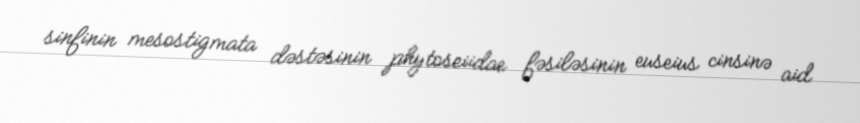
sinfinin mesostigmata dəstəsinin phytoseiidae fəsiləsinin euseius cinsinə aid